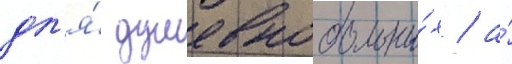
дл'я́ душевнобольны́х / а́